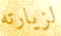
لزيارته